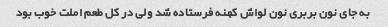
به جای نون بربری نون لواش کهنه فرستاده شد ولی در کل طعم املت خوب بود